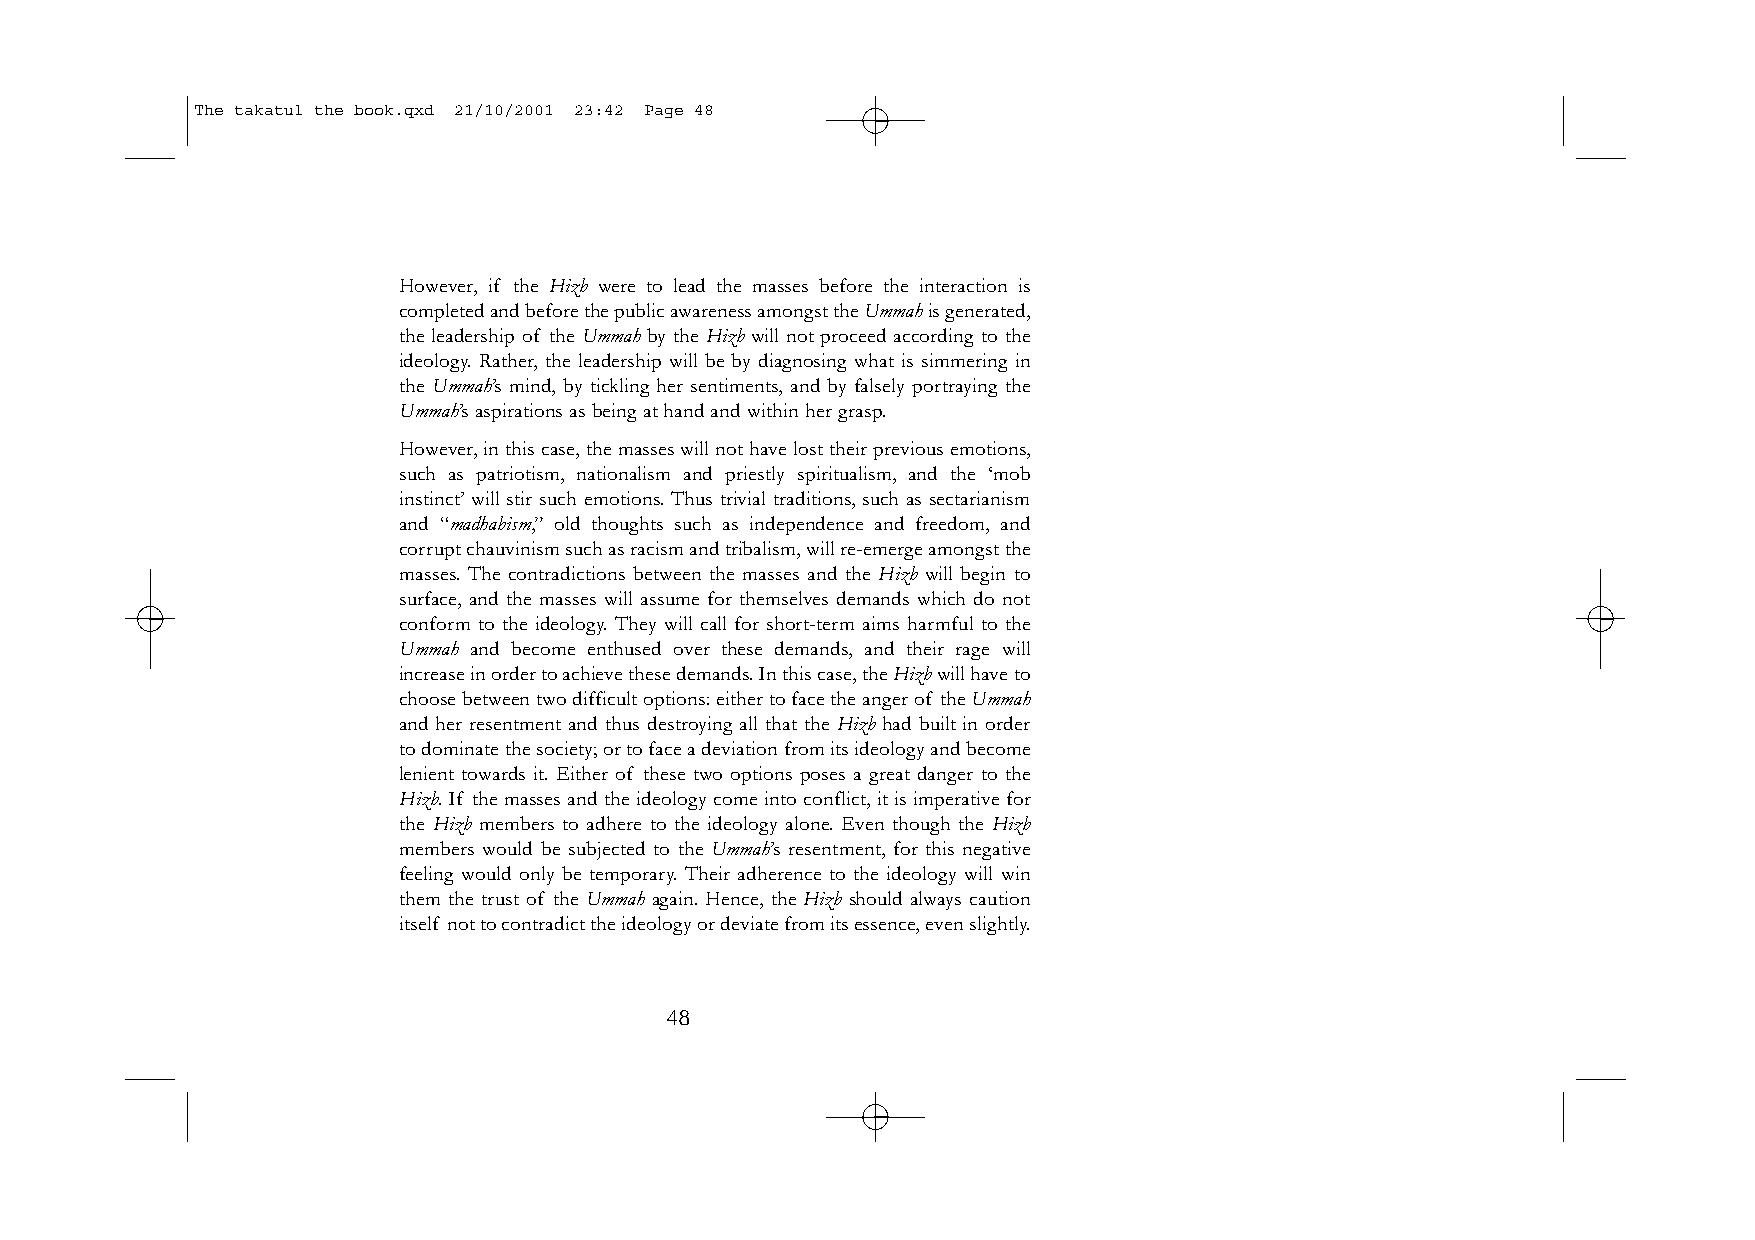
The takatul the book.qxd 21/10/2001 23:42 Page 48
 However, if the Hizb were to lead the masses before the interaction is
 completed and before the public awareness amongst the Ummahis generated,
 the leadership of the Ummah by the Hizb will not proceed according to the
 ideology. Rather, the leadership will be by diagnosing what is simmering in
 the Ummah’s mind, by tickling her sentiments, and by falsely portraying the
 Ummah’s aspirations as being at hand and within her grasp.
 However,in this case,the masses will not have lost their previous emotions,
 such as patriotism, nationalism and priestly spiritualism, and the ‘mob
 instinct’ will stir such emotions. Thus trivial traditions, such as sectarianism
 and “madhabism,” old thoughts such as independence and freedom, and
 corrupt chauvinism such as racism and tribalism,will re-emerge amongst the
 masses. The contradictions between the masses and the Hizb will begin to
 surface, and the masses will assume for themselves demands which do not
 conform to the ideology. They will call for short-term aims harmful to the
 Ummah and become enthused over these demands, and their rage will
 increase in order to achieve these demands.In this case,the Hizbwill have to
 choose between two difficult options:either to face the anger of the Ummah
 and her resentment and thus destroying all that the Hizb had built in order
 to dominate the society;or to face a deviation from its ideology and become
 lenient towards it. Either of these two options poses a great danger to the
 Hizb. If the masses and the ideology come into conflict, it is imperative for
 the Hizb members to adhere to the ideology alone. Even though the Hizb
 members would be subjected to the Ummah’s resentment, for this negative
 feeling would only be temporary. Their adherence to the ideology will win
 them the trust of the Ummah again. Hence, the Hizb should always caution
 itself not to contradict the ideology or deviate from its essence,even slightly.
 48